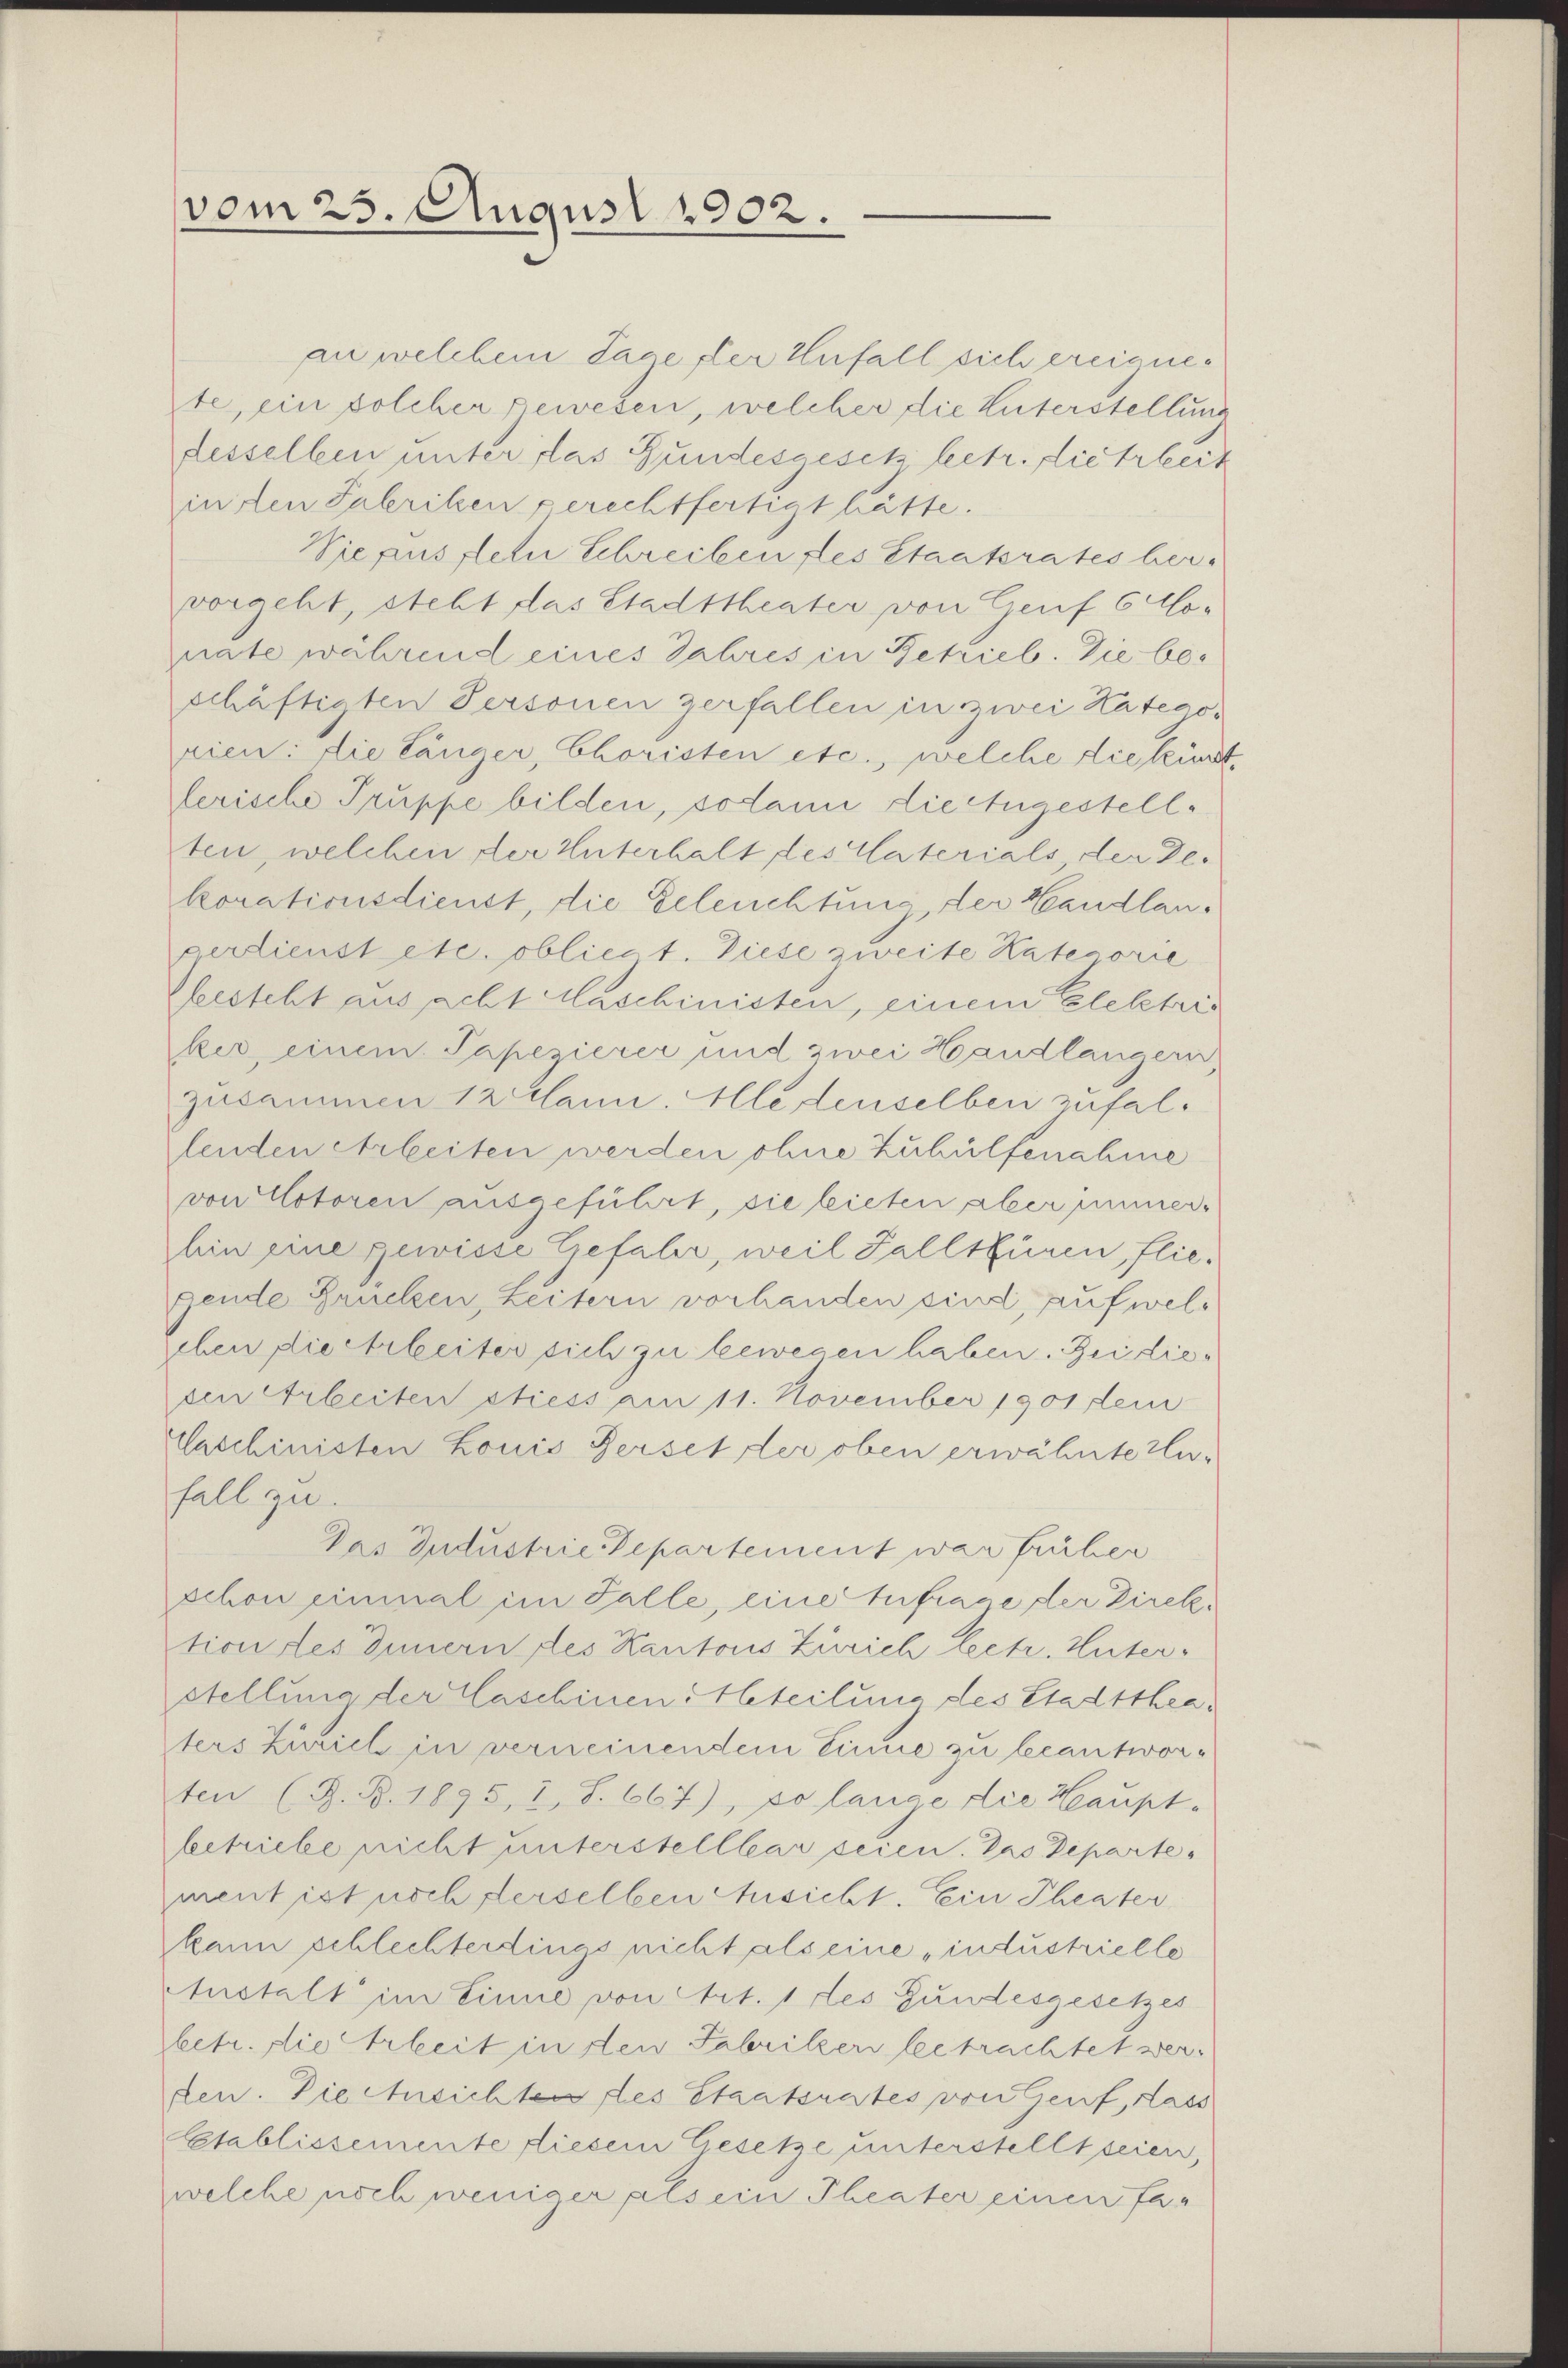
vom 25. August 1902.

an welchem Tage der Unfall sich ereignete, ein solcher gewesen, welcher die Unterstellung
desselben unter das Gundesgesetz betr. die treit
in den Fabriken gerechtfertigt hätte.
Sieaus flein Schreiben des Staatsrates hervorgeht, steht das Stadttheater von Genf 6 Mo-
nate während eines Jahres in Betrieb. Die beschäftigten Personen zerfallen in zwei Kategorien: die länger, Choristen etc., welche die kindt,
ferische Truppe bilden, sodann die Augestellten, welchen der Unterhalt des Vaterials, der Dekorationsdienst, die Geleuchtung der Handlanperdienst etc. obliegt. Diese zweite Kategorie
besteht aussacht Maschinisten, einem Elektris
ker, einem Papezierer und zwei Handlängern,
zusammen 12 Mann. Alle denselben zufalfenden erbeiten werden ohne Zuhülfenahme
von Cotoren ausgeführt, sie bieten aber immer-
hin eine gewisse Gefahr, weil Fallsfüren, fliegende Brücken, Leitern vorhanden sind, auf weleben die chrleiter sich zu bewegen haben. Bei dieden Arbeiten stiess am 11. November 1901 den
Caschinisten Louis erset der oben erwähnte Zufall zu
Das Industrie Departement war früher
schon einmal im Falle, eine Anfrage der Direktion des Innern des Kantons Zürich leetr. Unterstellung der Caschinen teilung des Stadttheaters Zürich in verneinendem Einne zu beantworten (Z. B. 1895, I, S. 667), so lange die Haupt-
betriebe nicht unterstelllear seien. Das Departement ist noch derselben Ansicht. Ein Theater
kann schlechterdings nicht als eine „industrielle
Austalt im Einne von Art. 1 des Gundesgesetzes
betr. die Arbeit in den Fabriken betrachtet werden. Die sichten des Staatsrates von Genf, dass
Etablissemente diesem Gesetze unterstellt seien,
welche noch weniger als ein Theater einen fa